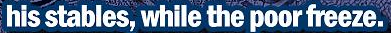
his stables,while the poor freeze